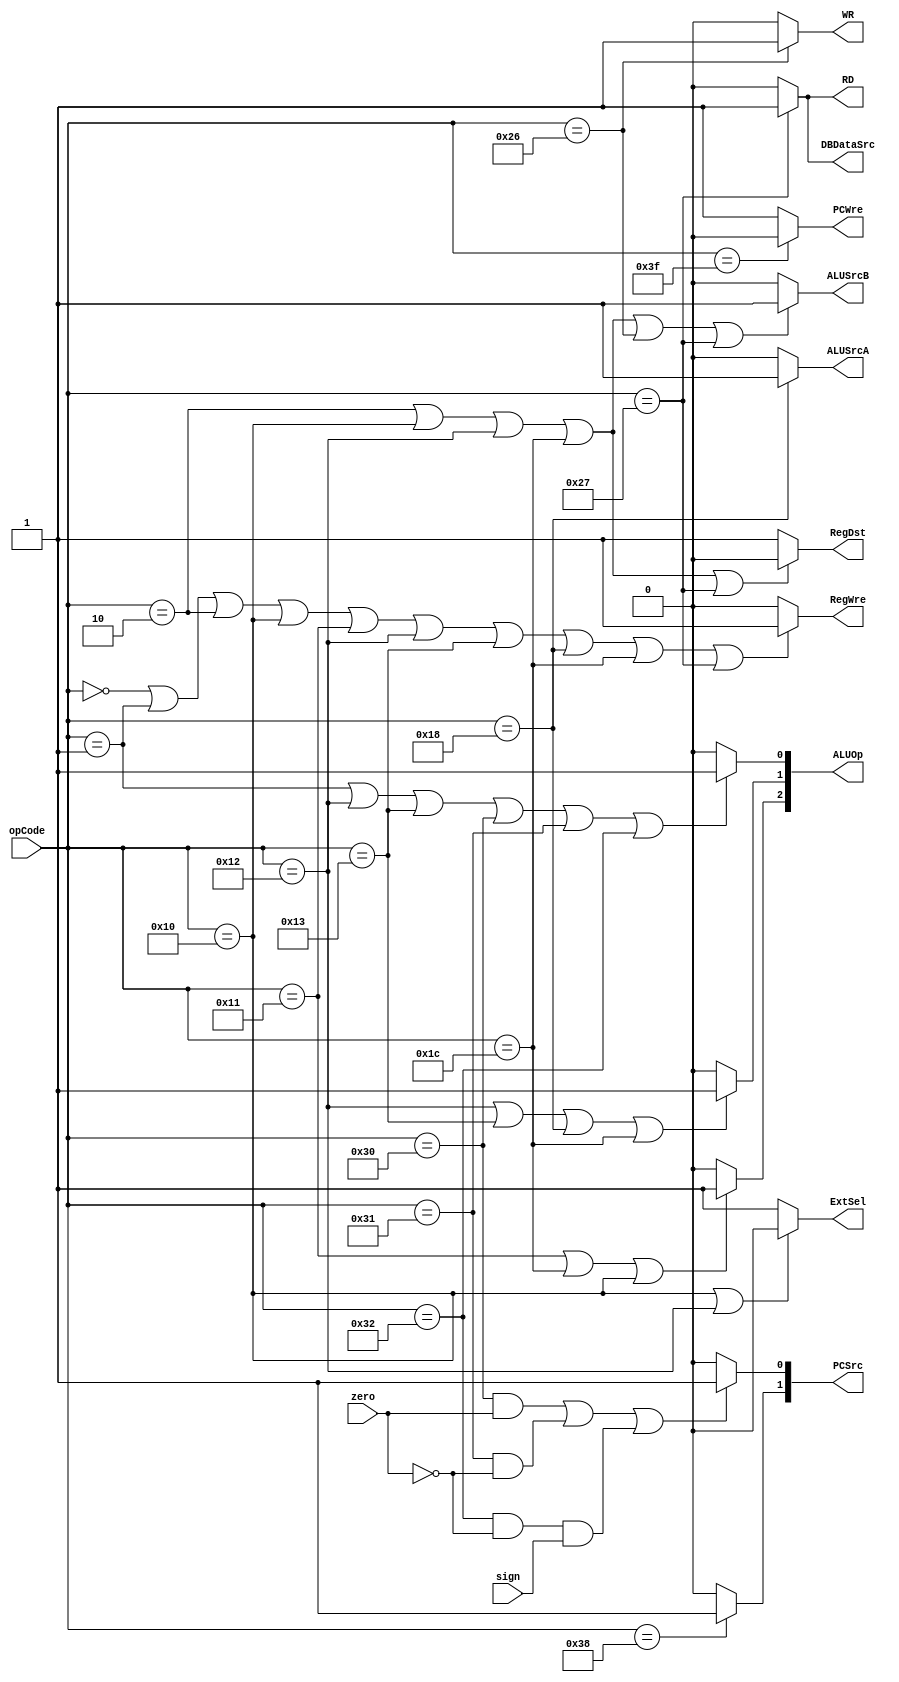
`timescale 1ns / 1ps
//////////////////////////////////////////////////////////////////////////////////
// Company: 
// Engineer: 
// 
// Design Name: 
// Module Name: ControlUnit
// Project Name: 
// Target Devices: 
// Tool Versions: 
// Description: 
// 
// Dependencies: 
// 
// Revision:
// Revision 0.01 - File Created
// Additional Comments:
// 
//////////////////////////////////////////////////////////////////////////////////


module ControlUnit(opCode, zero, sign, PCWre, ALUSrcA, ALUSrcB, DBDataSrc, RegWre, RD, WR, ExtSel, RegDst, PCSrc, ALUOp);
    input [5:0] opCode;
    input zero, sign;
    output reg PCWre, ALUSrcA, ALUSrcB, DBDataSrc, RegWre, RD, WR, ExtSel, RegDst;
    output reg [1:0] PCSrc;
    output reg [2:0] ALUOp;
    always@(opCode or zero or sign) begin
        PCWre = (opCode == 6'b111111)? 0 : 1;
        ALUSrcA = (opCode == 6'b011000)? 1 : 0;
        ALUSrcB = (opCode == 6'b000010 || opCode == 6'b010000 || opCode == 6'b010010 || opCode == 6'b011100 ||opCode == 6'b100110 || opCode == 6'b100111)? 1 : 0;
        DBDataSrc = (opCode == 6'b100111)? 1 : 0;
        RegWre = (opCode == 6'b000000 || opCode == 6'b000001 || opCode == 6'b000010 || opCode == 6'b010000 || opCode == 6'b010001 || opCode == 6'b010010 || opCode == 6'b010011 || opCode == 6'b011000 || opCode == 6'b011100 || opCode == 6'b100111)? 1 : 0;
        RD = (opCode == 6'b100111)? 1 : 0;
        WR = (opCode == 6'b100110)? 1 : 0;
        ExtSel = (opCode == 6'b010000 || opCode ==6'b010010)? 0 : 1;
        PCSrc[1] = (opCode == 6'b111000)? 1:0;
        PCSrc[0] = ((opCode == 6'b110000 && zero == 1) || (opCode == 6'b110001 && zero == 0) || (opCode == 6'b110010 && zero == 0 && sign==1))? 1 : 0;
        RegDst = (opCode == 6'b000010 || opCode == 6'b010000 || opCode ==6'b010010 || opCode == 6'b011100 || opCode == 6'b100111) ? 0 : 1;
        ALUOp[2] = (opCode == 6'b010001 || opCode == 6'b011100 || opCode == 6'b010000)? 1 : 0;
        ALUOp[1] = (opCode == 6'b010010 || opCode == 6'b010011 || opCode == 6'b011000 || opCode == 6'b011100)? 1 : 0;
        ALUOp[0] = (opCode == 6'b000001 || opCode == 6'b010010 || opCode == 6'b010011 || opCode == 6'b110000 || opCode == 6'b110001 || opCode == 6'b110010)? 1 : 0;
    end
endmodule